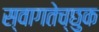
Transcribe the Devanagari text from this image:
स्वागतेच्छुक